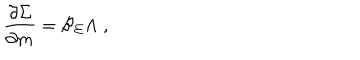
\frac { \partial \Sigma } { \partial m } = \mathcal { B } _ { \Sigma } \Lambda \; ,